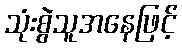
သုံးစွဲသူအနေဖြင့်